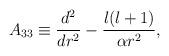
LaTeX: \begin{align*}A_{33} \equiv {d^{2}\over dr^{2}}-{l(l+1)\over \alpha r^{2}},\end{align*}